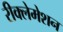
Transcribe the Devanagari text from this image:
रीक्लेमेशन